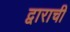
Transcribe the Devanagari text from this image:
द्वाराची